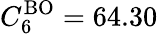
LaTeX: C_{6}^{\mathrm{BO}}=64.30